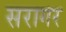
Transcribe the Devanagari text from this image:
सरागर